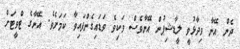
ދެން އޭނާ ވިދާޅުވީ ލީޑާޝިޕުން އޭނާވެސް ވަކިވެ ވަޑައިގެންފައިވާ ކަމަށެވެ. އޭނާގެ ޓްވީޓަށް